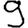
Digit: 9